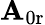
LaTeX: \mathbf{A}_{\mathrm{{0r}}}